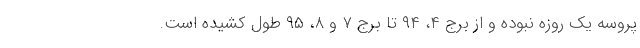
پروسه یک روزه نبوده و از برج ۴، ۹۴ تا برج ۷ و ۸، ۹۵ طول کشیده است.